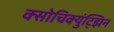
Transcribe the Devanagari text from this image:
क्सोचिक्युंट्झिन